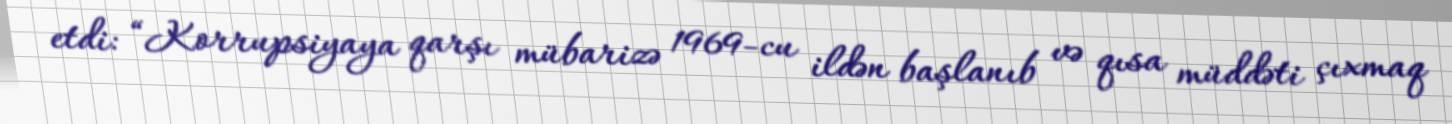
etdi: “Korrupsiyaya qarşı mübarizə 1969-cu ildən başlanıb və qısa müddəti çıxmaq